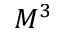
M ^ { 3 }